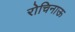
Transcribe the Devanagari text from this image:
रोचिनाऊ